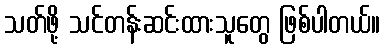
သတ်ဖို့ သင်တန်းဆင်းထားသူတွေ ဖြစ်ပါတယ်။